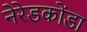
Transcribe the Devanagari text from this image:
नेरेडकोंडा